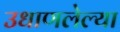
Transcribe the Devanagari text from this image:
उधाणलेल्‍या